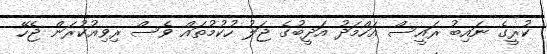
ކުރީގެ ނައިބު ރައީސް އަހްމަދު އަދީބުގެ ޖަލު ހުކުމުތައް ވެސް ރިވިއުކުރަން ޖެހޭ